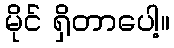
မိုင် ရှိတာပေါ့။